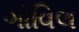
ગોવિલ